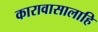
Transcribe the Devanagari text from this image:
कारावासालाहि